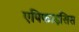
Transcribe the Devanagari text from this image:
एपिफाइसिस